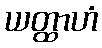
ယတ္ထာဟံ